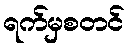
ရက်မှစတင်